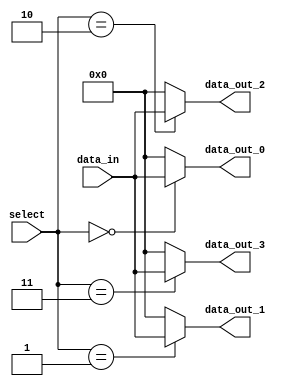
module demux(input [7:0] data_in,
             input [2:0] select,
             output reg [7:0] data_out_0,
             output reg [7:0] data_out_1,
             output reg [7:0] data_out_2,
             output reg [7:0] data_out_3);

always @ (data_in, select)
begin
    case(select)
        3'b000: begin
            data_out_0 <= data_in;
            data_out_1 <= 8'b0;
            data_out_2 <= 8'b0;
            data_out_3 <= 8'b0;
        end
        3'b001: begin
            data_out_0 <= 8'b0;
            data_out_1 <= data_in;
            data_out_2 <= 8'b0;
            data_out_3 <= 8'b0;
        end
        3'b010: begin
            data_out_0 <= 8'b0;
            data_out_1 <= 8'b0;
            data_out_2 <= data_in;
            data_out_3 <= 8'b0;
        end
        3'b011: begin
            data_out_0 <= 8'b0;
            data_out_1 <= 8'b0;
            data_out_2 <= 8'b0;
            data_out_3 <= data_in;
        end
        default: begin
            data_out_0 <= 8'b0;
            data_out_1 <= 8'b0;
            data_out_2 <= 8'b0;
            data_out_3 <= 8'b0;
        end
    endcase
end

endmodule